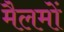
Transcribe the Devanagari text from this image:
मैलमों